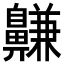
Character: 𪖳